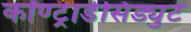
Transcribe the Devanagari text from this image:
कॉण्ट्राडेसिड्युट